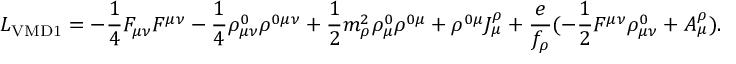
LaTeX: { \cal L } _ { \mathrm { V M D 1 } } = - \frac { 1 } { 4 } F _ { \mu \nu } F ^ { \mu \nu } - \frac { 1 } { 4 } \rho _ { \mu \nu } ^ { 0 } \rho ^ { 0 \mu \nu } + \frac { 1 } { 2 } m _ { \rho } ^ { 2 } \rho _ { \mu } ^ { 0 } \rho ^ { 0 \mu } + \rho ^ { 0 \mu } J _ { \mu } ^ { \rho } + \frac { e } { f _ { \rho } } ( - \frac { 1 } { 2 } F ^ { \mu \nu } \rho _ { \mu \nu } ^ { 0 } + A _ { \mu } ^ { \rho } ) .